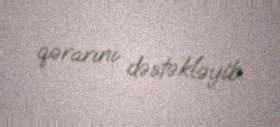
qərarını dəstəkləyib.